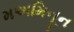
મઅમિનૂન